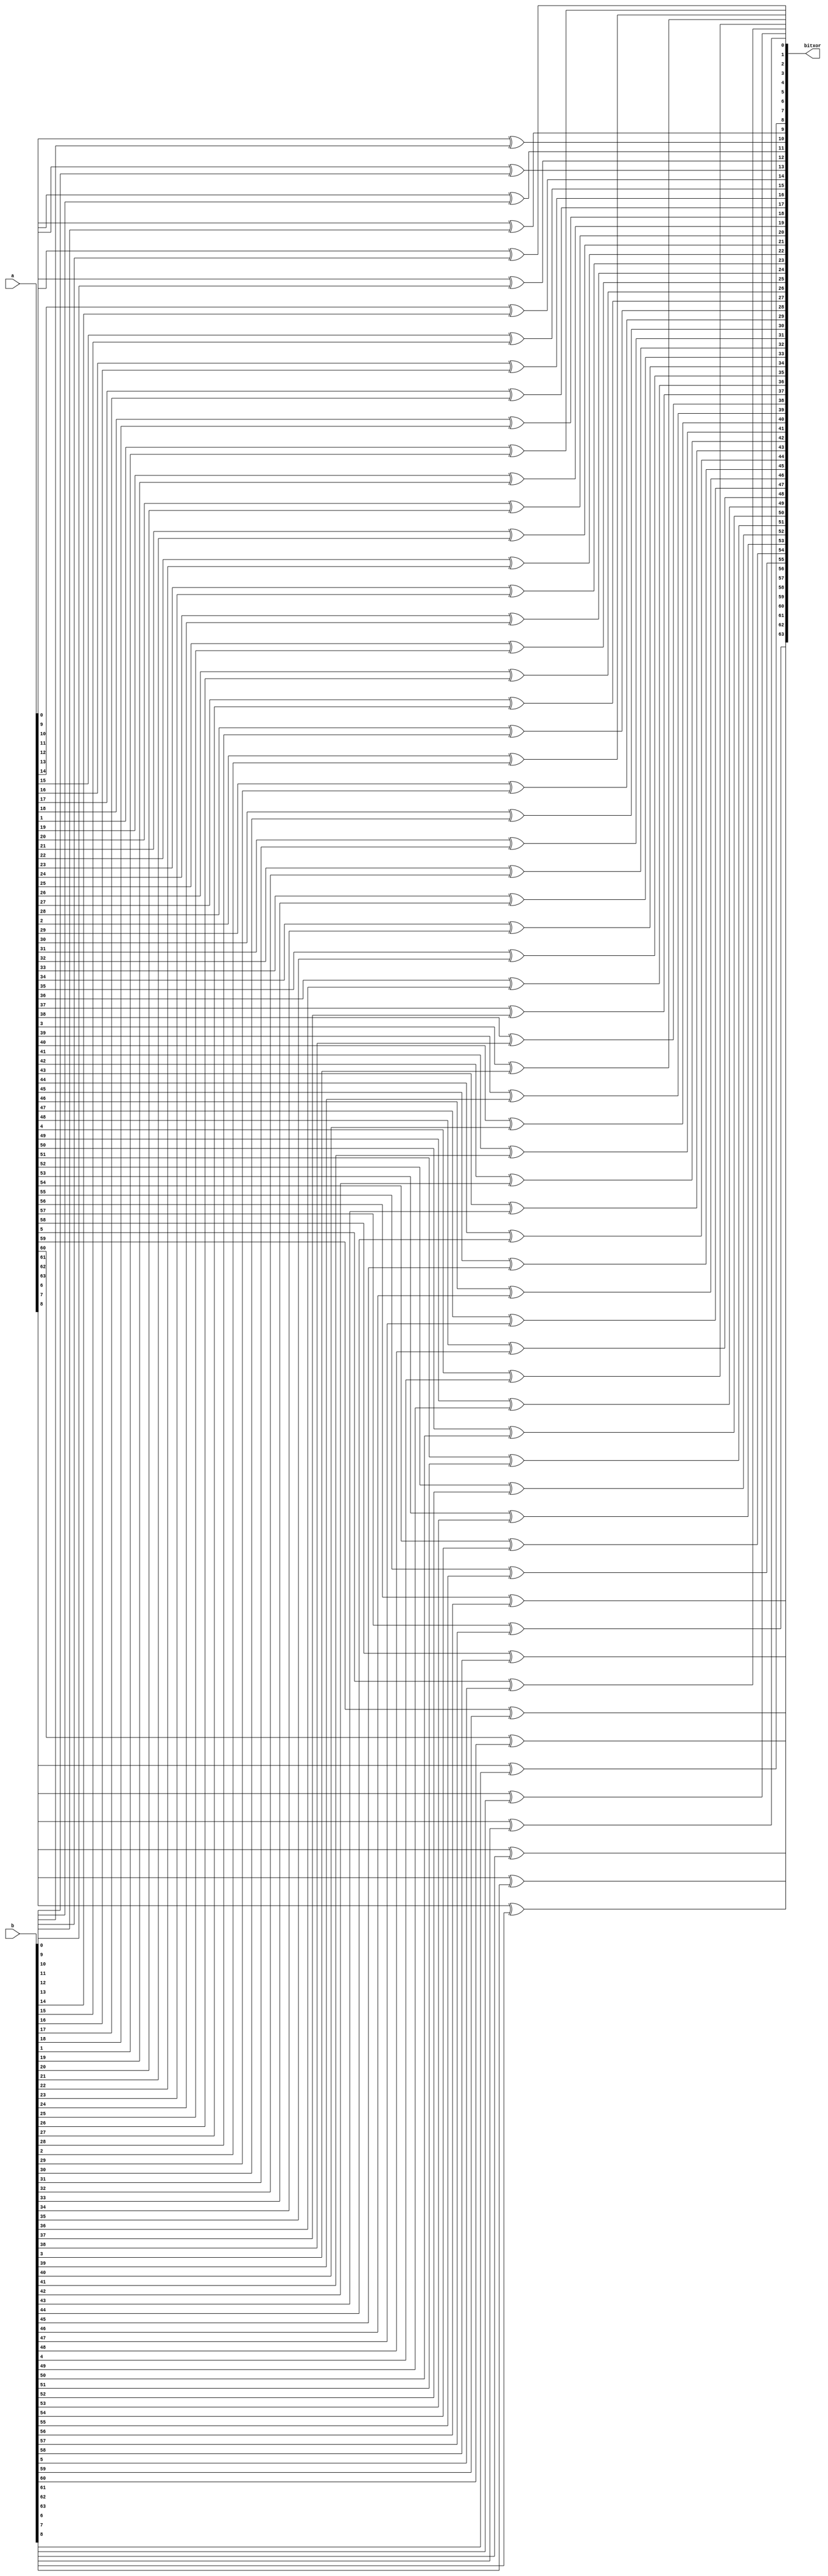
module bit64xor ( bitxor , a , b ) ;

output signed [63:0] bitxor ;
input  signed [63:0] a      ;
input  signed [63:0] b      ;

genvar i; // variable in the loop

generate

    for (i = 0; i < 64; i = i + 1 )  
    
    begin

        // one iteration for each bit
        xor Gxor( bitxor[i], a[i], b[i] );

    end

endgenerate

endmodule